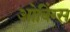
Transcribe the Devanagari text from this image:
ओविंग्स